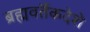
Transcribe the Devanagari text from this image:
ब्रह्मवर्तैकदेशे